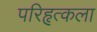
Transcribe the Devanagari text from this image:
परिहृत्कला